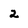
Character: 2